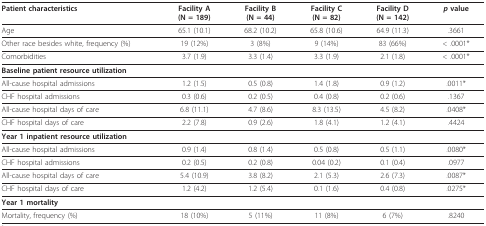
<table><thead><tr><td><b>Patient characteristics</b></td><td><b>Facility A(N = 189)</b></td><td><b>Facility B(N = 44)</b></td><td><b>Facility C(N = 82)</b></td><td><b>Facility D(N = 142)</b></td><td><b><i>p </i>value</b></td></tr></thead><tbody><tr><td>Age</td><td>65.1 (10.1)</td><td>68.2 (10.2)</td><td>65.8 (10.6)</td><td>64.9 (11.3)</td><td>.3661</td></tr><tr><td>Other race besides white, frequency (%)</td><td>19 (12%)</td><td>3 (8%)</td><td>9 (14%)</td><td>83 (66%)</td><td>&lt; .0001*</td></tr><tr><td>Comorbidities</td><td>3.7 (1.9)</td><td>3.3 (1.4)</td><td>3.3 (1.9)</td><td>2.1 (1.8)</td><td>&lt; .0001*</td></tr><tr><td colspan="3"><b>Baseline patient resource utilization</b></td><td></td><td></td><td></td></tr><tr><td>All-cause hospital admissions</td><td>1.2 (1.5)</td><td>0.5 (0.8)</td><td>1.4 (1.8)</td><td>0.9 (1.2)</td><td>.0011*</td></tr><tr><td>CHF hospital admissions</td><td>0.3 (0.6)</td><td>0.2 (0.5)</td><td>0.4 (0.8)</td><td>0.2 (0.6)</td><td>.1367</td></tr><tr><td>All-cause hospital days of care</td><td>6.8 (11.1)</td><td>4.7 (8.6)</td><td>8.3 (13.5)</td><td>4.5 (8.2)</td><td>.0408*</td></tr><tr><td>CHF hospital days of care</td><td>2.2 (7.8)</td><td>0.9 (2.6)</td><td>1.8 (4.1)</td><td>1.2 (4.1)</td><td>.4424</td></tr><tr><td colspan="3"><b>Year 1 inpatient resource utilization</b></td><td></td><td></td><td></td></tr><tr><td>All-cause hospital admissions</td><td>0.9 (1.4)</td><td>0.8 (1.4)</td><td>0.5 (0.8)</td><td>0.5 (1.1)</td><td>.0080*</td></tr><tr><td>CHF hospital admissions</td><td>0.2 (0.5)</td><td>0.2 (0.8)</td><td>0.04 (0.2)</td><td>0.1 (0.4)</td><td>.0977</td></tr><tr><td>All-cause hospital days of care</td><td>5.4 (10.9)</td><td>3.8 (8.2)</td><td>2.1 (5.3)</td><td>2.6 (7.3)</td><td>.0087*</td></tr><tr><td>CHF hospital days of care</td><td>1.2 (4.2)</td><td>1.2 (5.4)</td><td>0.1 (1.6)</td><td>0.4 (0.8)</td><td>.0275*</td></tr><tr><td><b>Year 1 mortality</b></td><td></td><td></td><td></td><td></td><td></td></tr><tr><td>Mortality, frequency (%)</td><td>18 (10%)</td><td>5 (11%)</td><td>11 (8%)</td><td>6 (7%)</td><td>.8240</td></tr></tbody></table>